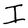
Character: I